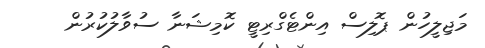
މަޖިލީހުން ޕޮލިސް އިންޓެގްރިޓީ ކޮމިޝަނާ ސުވާލުކުރުން